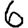
Digit: 6